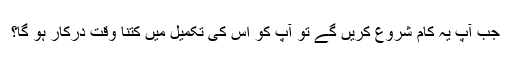
جب آپ یہ کام شروع کریں گے تو آپ کو اس کی تکمیل میں کتنا وقت درکار ہو گا؟